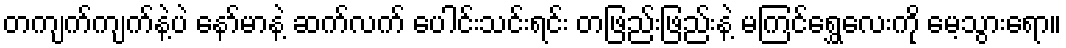
တကျက်ကျက်နဲ့ပဲ နော်မာနဲ့ ဆက်လက် ပေါင်းသင်းရင်း တဖြည်းဖြည်းနဲ့ မကြင်ရွှေလေးကို မေ့သွားရော။